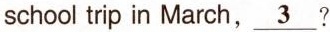
school trip in March,__3?